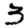
Digit: 3